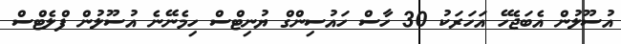
އުސޫލުން އެބަޖެހޭ އަހަރަކު 30 ހާސް ހައުސިންގް ޔުނިޓްސް ހިމެނޭނެ އުސޫލުން ފްލެޓްސް